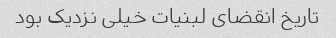
تاریخ انقضای لبنیات خیلی نزدیک بود